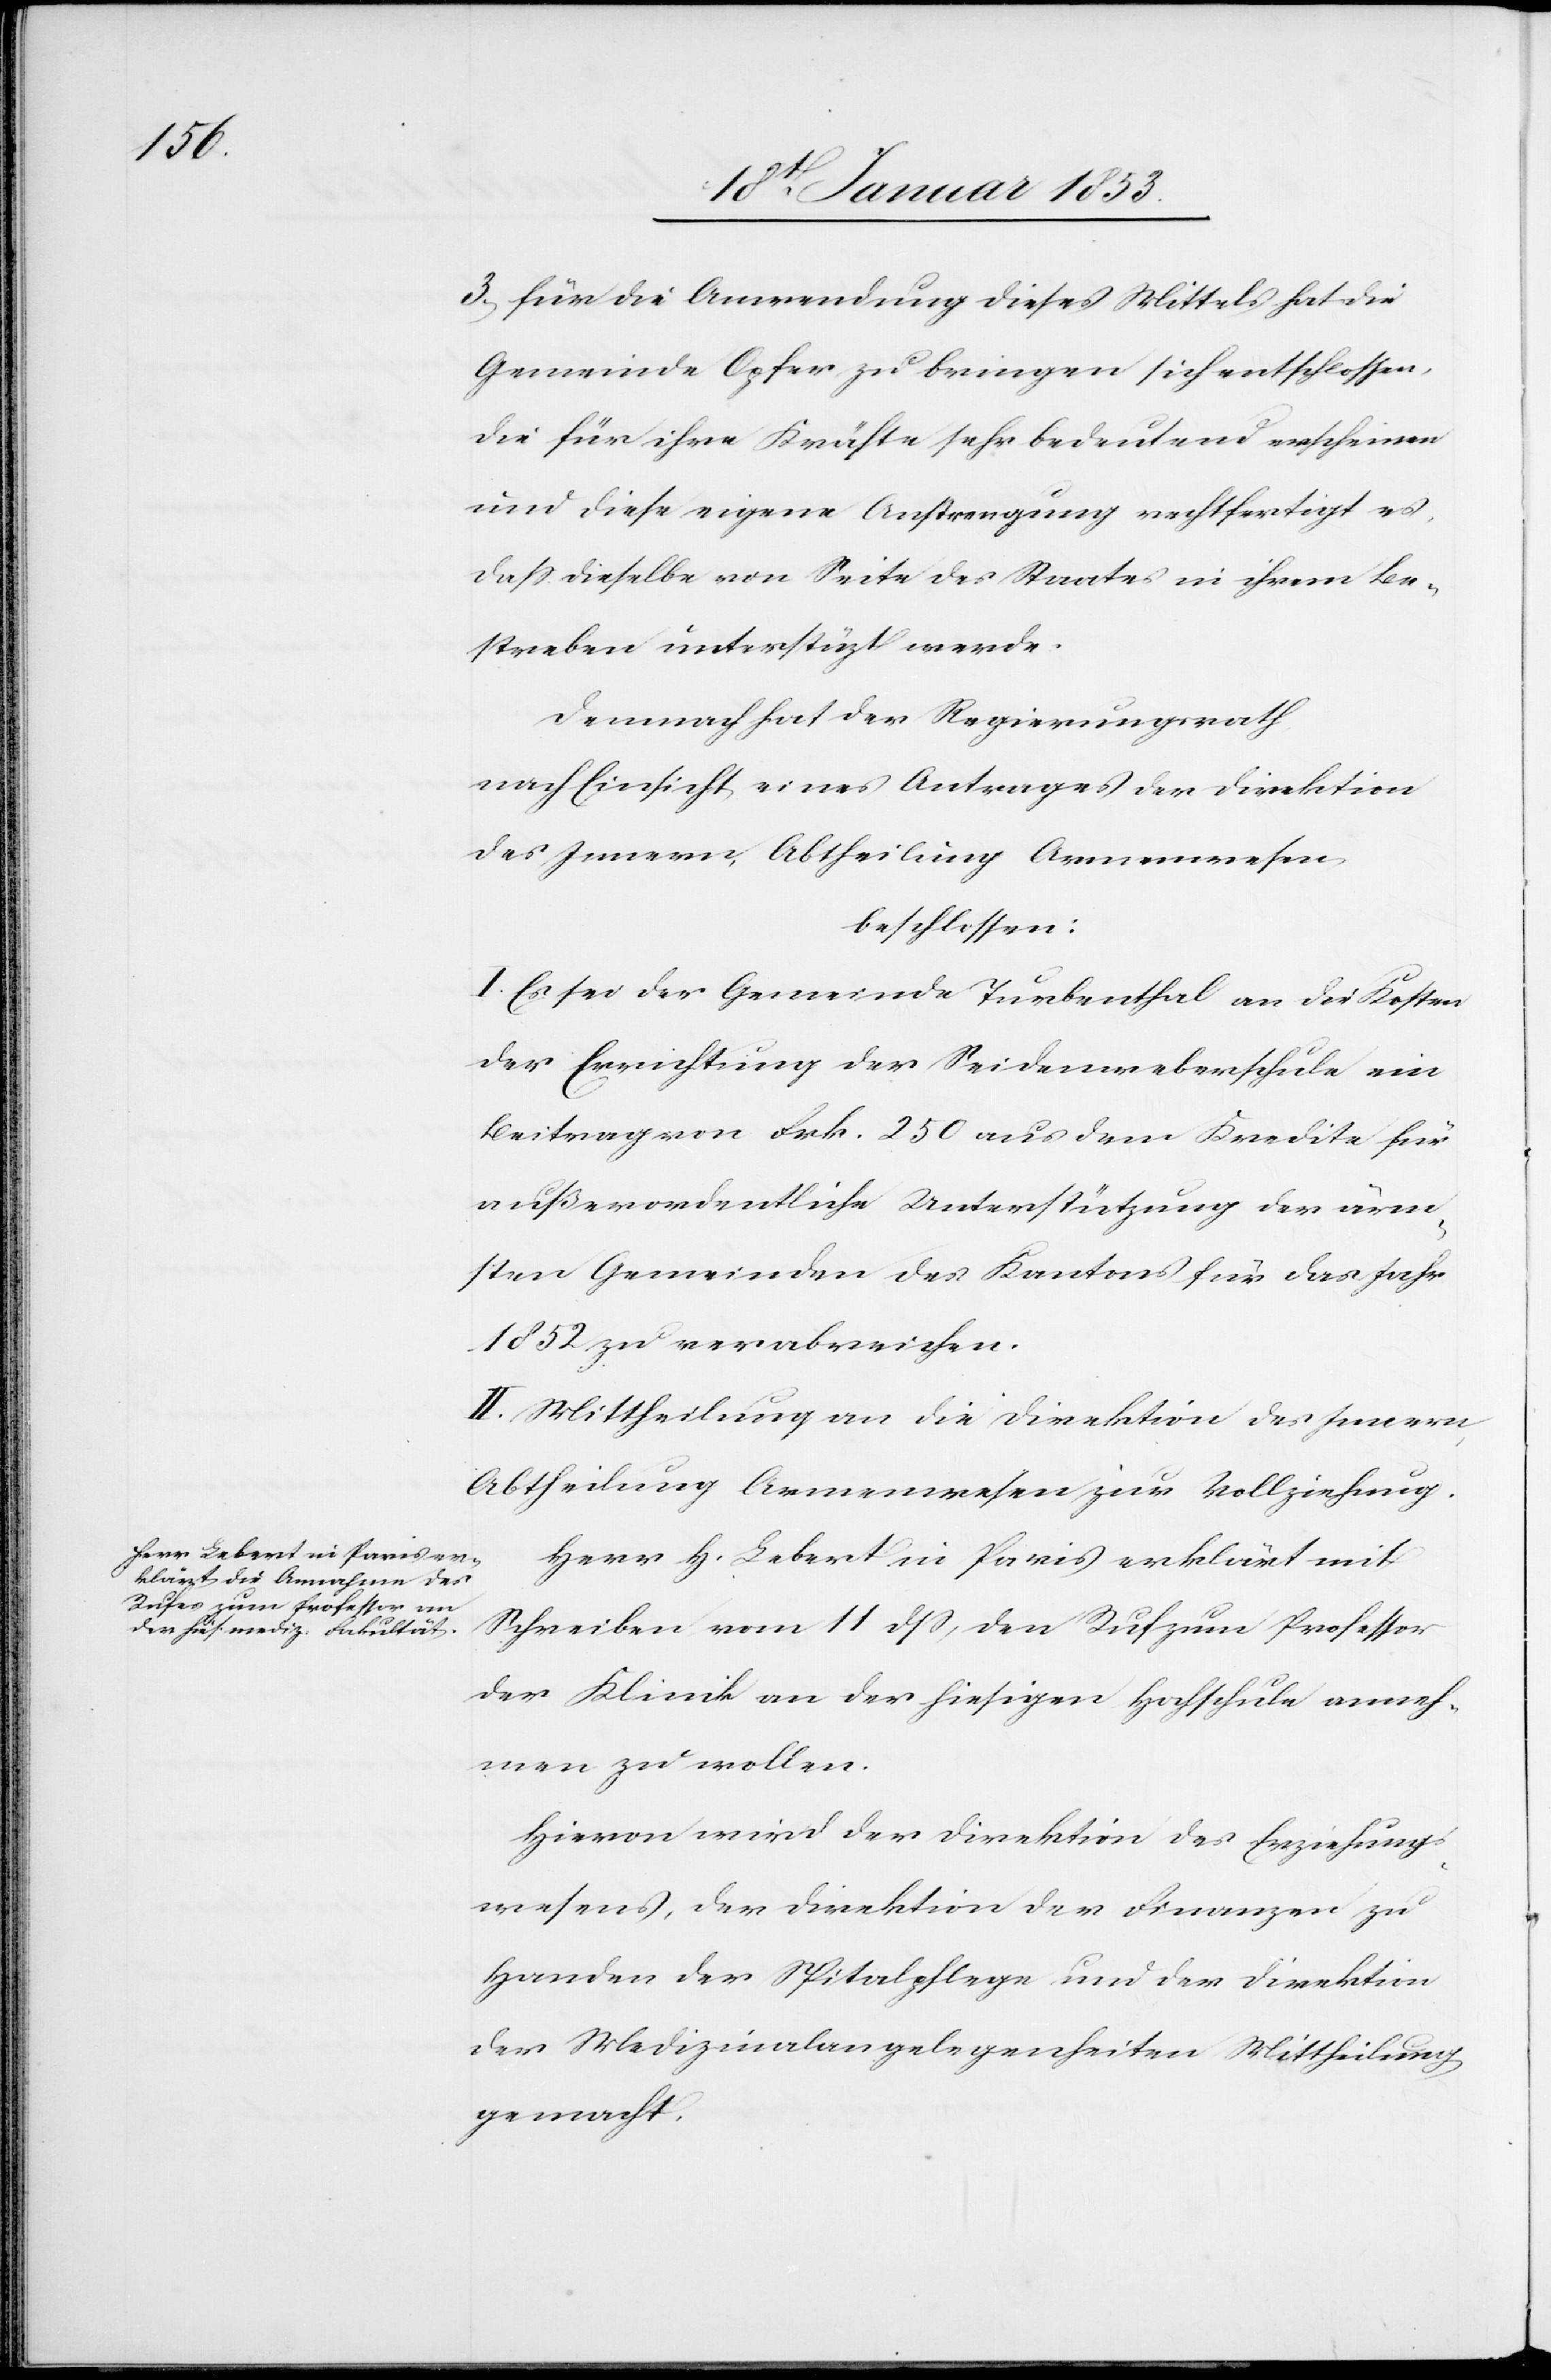
3, Für die Anwendung dieses Mittels hat die
Gemeinde Opfer zu bringen sich entschlossen,
die für ihre Kräfte sehr bedeutend erscheinen
und diese eigene Anstrengung rechtfertigt es,
daß dieselbe von Seite des Staates in ihrem Be¬
streben unterstützt werde.
Demnach hat der Regierungsrath
nach Einsicht eines Antrages der Direktion
des Innern, Abtheilung Armenwesen
beschlossen:
I. Es sei der Gemeinde Turbenthal an die Kosten
der Errichtung der Seidenweberschule ein
Beitrag von Frk. 250 aus dem Kredite für
außerordentliche Unterstützung der ärm¬
sten Gemeinden des Kantons für das Jahr
1852 zu verabreichen.
II. Mittheilung an die Direktion des Innern
Abtheilung Armenwesen zur Vollziehung.
Herr H. Lebert in Paris erklärt mit
Schreiben vom 11 dß, den Ruf zum Professor
der Klinik an der hiesigen Hochschule anneh¬
men zu wollen.
Hievon wird der Direktion des Erziehungs¬
wesens, der Direktion der Finanzen zu
Handen der Spitalpflege und der Direktion
der Medizinalangelegenheiten Mittheilung
gemacht.